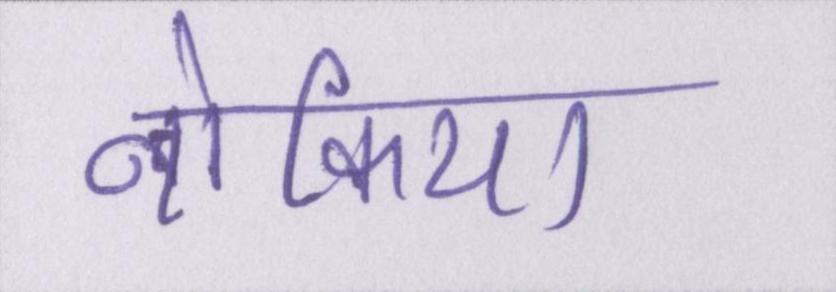
नोकिया